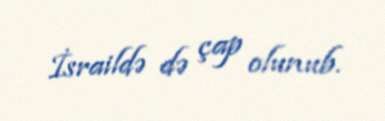
İsraildə də çap olunub.